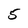
Character: 5